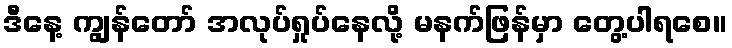
ဒီနေ့ ကျွန်တော် အလုပ်ရှုပ်နေလို့ မနက်ဖြန်မှာ တွေ့ပါရစေ။